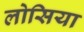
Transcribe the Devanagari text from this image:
लोसिया